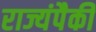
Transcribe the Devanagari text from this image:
राज्यंपैकी